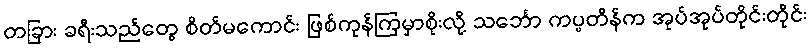
တခြား ခရီးသည်တွေ စိတ်မကောင်း ဖြစ်ကုန်ကြမှာစိုးလို့ သင်္ဘော ကပ္ပတိန်က အုပ်အုပ်တိုင်းတိုင်း